Annual report of the Central Committee of the Association together with the report of the directors of the Pasteur Institute at Kasauli
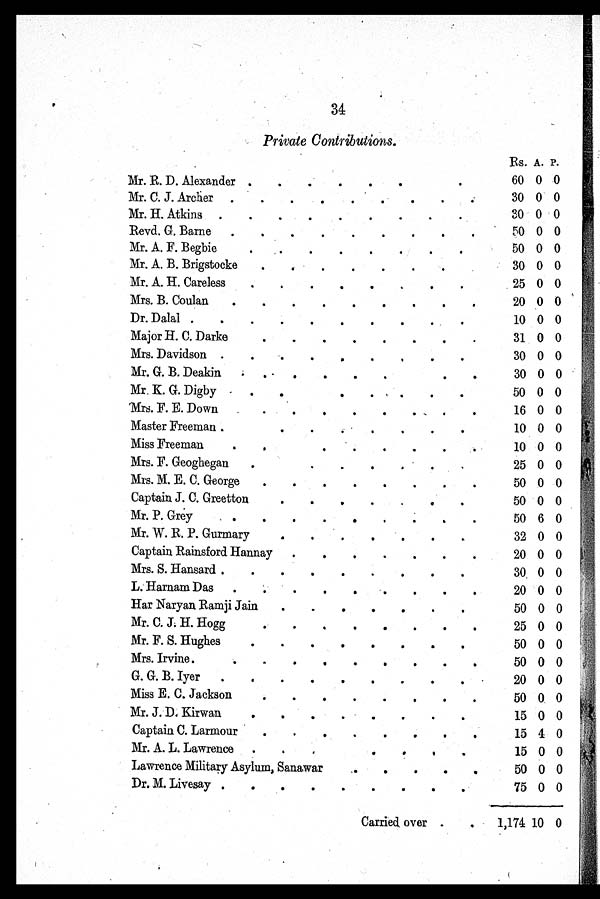
34
Private Contributions.
Rs. A. P.
Mr. R. D. Alexander .
•
.
.
.
.
•
60 0 0
Mr. C. J. Archer .
.
.
..
•
•
30 0 0
Mr. H. Atkins .
•
.
.
.
.
.
.
30 0 0
Revd. G. Barne
•
•
•
•
•
•
•
•
•
50 0 0
Mr. A. F. Begbie•
•
•
•
•
•
•
•
50 0 0
Mr. A. B. Brigstocke
.
,
.
.
.
.
.
30 0 0
Mr. A. H. Careless
.
.
.
•
.
.
.
.
25 0 0
Mrs. B. Coulan
.
.
.
.
.
.
.
.
.
20 0 0
Dr. Dalal .
.
.
.
.
.
.
•
.
.
10 0 0
Major H. C. Darke
31 0 0
Mrs. Davidson .
.
•
•
•
30 0 0
Mr. G. 13. Deakin
• -
•
•
.
.
•
.
30 0 0
Mr. K. G. Digby • .
.
.
.
.
.
.
50 0 0
Mrs. F. E. Down .
.
.
.
.
.
. . .
.
16 0 0
Master Freeman .
•
•
.
.
•
•
10 0 0
Miss Freeman
•
.
•
•
•
•
•
10 0 0
Mrs. F. Geoghegan
.
25 0 0
Mrs. M. E. C. George
.
.
.
.
.
.
.
.
50 0 0
Captain J. C. Greetton
•
.
•
50 0 0
Mr. P. Grey
. .
.
.
.
.
.
.
.
.
50 6 0
Mr. W. R. P. Gurmary
32 0 0
Captain Rainsford Hannay
.
.
.
-
.
.
.
20 0 0
Mrs. S. Hansard .
.
.
.
.
.
.
.
.
30 0 0
L. Harnam Das
.
.
.
.
.
.
.
.
20 0 0
Har Naryan Ramji Jain
.
.
.
.
.
.
.
50 0 0
Mr. C. J. H. Hogg
.
.
.
.
.
.
.
25 0 0
Mr. F. S. Hughes
•
•
•
•
•
•
•
.
50 0 0
Mrs. Irvine.
•
•
•
.
•
•
•
•
50 0 0
G. G. B. Iyer
•
.
•
•
•
•
•
•
•
20 0 0
Miss E. C. Jackson
50 0 0
Mr. J. D. Kirwan
15 0 0
Captain C. Larmour
•
.
.
•
•
•
•
•
15 4 0
,
Mr. A. L. Lawrence .
..
•
15 0 0
Lawrence Military Asylum, Sanawar
•
•
•
•
•
50 0 0
Dr. M. Livesay .
.
.
.
.
.
.
.
75 0 0
Carried over .
.
1,174 10 0